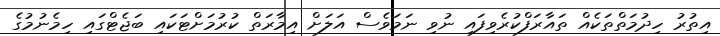
އިތުރު ހިދުމަތްތަކެއް ތައާރަފްކުރެވިފައި ނުވި ނަމަވެސް އަލަށް އިމާރަތް ކުރުމަށްޓަކައި ބަޖެޓްގައި ހިމެނުމުގެ